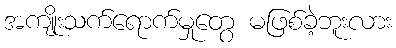
အကျိုးသက်ရောက်မှုတွေ မဖြစ်ခဲ့ဘူးလား